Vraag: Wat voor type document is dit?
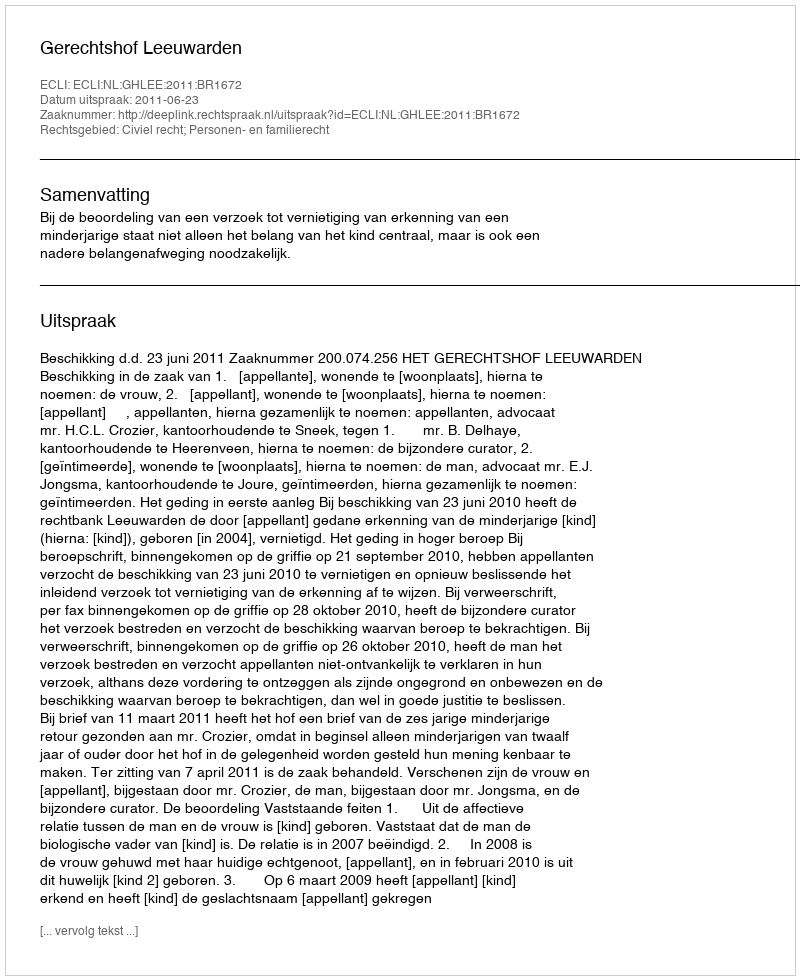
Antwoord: Uitspraak